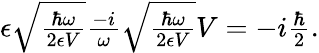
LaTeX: \begin{array}{r}{\epsilon\sqrt{\frac{\hbar\omega}{2\epsilon V}}\frac{-i}{\omega}\sqrt{\frac{\hbar\omega}{2\epsilon V}}V=-i\frac{\hbar}{2}.}\end{array}